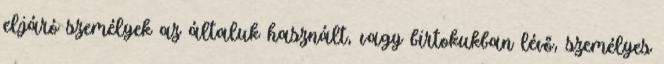
eljáró személyek az általuk használt, vagy birtokukban lévő, személyes